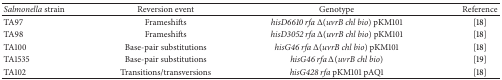
| Salmonella strain | Reversion event | Genotype | Reference |
 | --- | --- | --- | --- |
 | TA97 | Frameshifts | hisD6610 rfa Δ(uvrB chl bio) pKM101 | [18] |
 | TA98 | Frameshifts | hisD3052 rfa Δ(uvrB chl bio) pKM101 | [18] |
 | TA100 | Base-pair substitutions | hisG46 rfa Δ(uvrB chl bio) pKM101 | [18] |
 | TA1535 | Base-pair substitutions | hisG46 rfa Δ(uvrB chl bio) | [19] |
 | TA102 | Transitions/transversions | hisG428 rfa pKM101 pAQ1 | [18] |